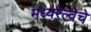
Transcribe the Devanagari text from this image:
मध्यरेल्वेचे